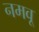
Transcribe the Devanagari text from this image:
नमवू